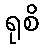
ရုစိ